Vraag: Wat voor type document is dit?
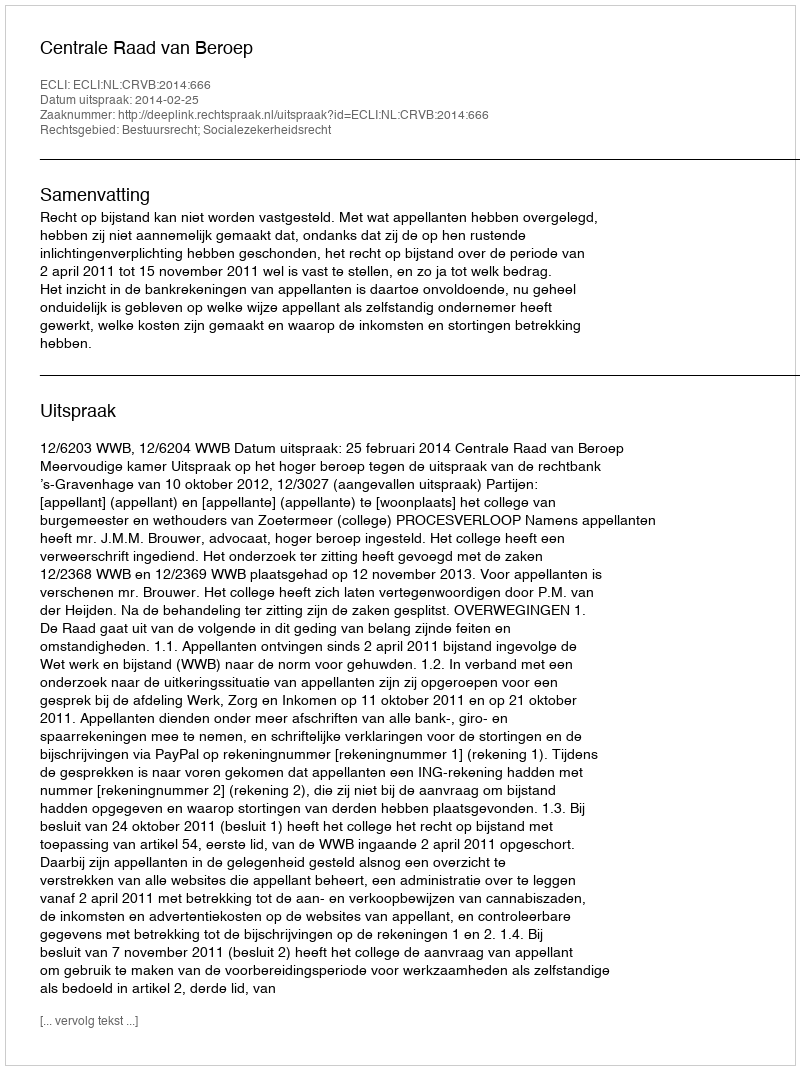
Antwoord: Uitspraak